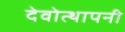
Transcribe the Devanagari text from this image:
देवोत्थापनी